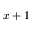
x + 1